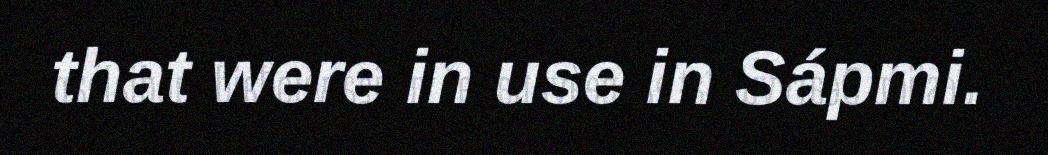
that were in use in Sápmi.